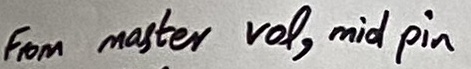
Text: From master  vol, mid pin